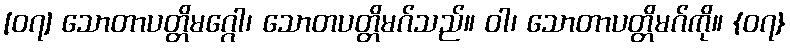
[၀၇] သောတာပတ္တိမဂ္ဂေါ၊ သောတပတ္တိမဂ်သည်။ ဝါ၊ သောတာပတ္တိမဂ်ကို။ {၀၇}